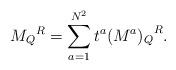
LaTeX: \begin{align*}{M_{Q}}^{R} = \sum_{a=1}^{N^2} t^{a} {(M^{a})_{Q}}^{R}.\end{align*}